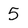
Character: 5